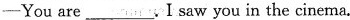
—You are___.I saw you in the cinema.